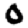
Digit: 0